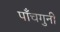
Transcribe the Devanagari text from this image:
पाँचगुनी